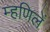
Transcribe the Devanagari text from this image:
म्हणिलें